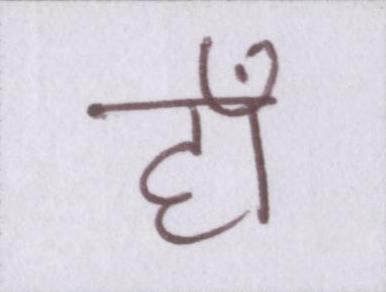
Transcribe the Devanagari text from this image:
हाँ